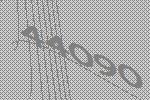
44090